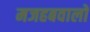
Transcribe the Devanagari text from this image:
मजहबवालों